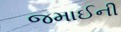
જમાઈની